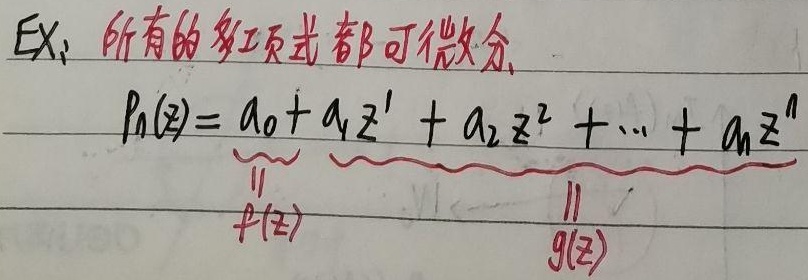
Ex: 所有的多项式都可微分.
\[P_n(z)=a_0 + a_1z^1 + a_2z^2+\cdots + a_nz^n\]
\[\underbrace{}_{P(z)} \ \ \ \underbrace{}_{g(z)}\]